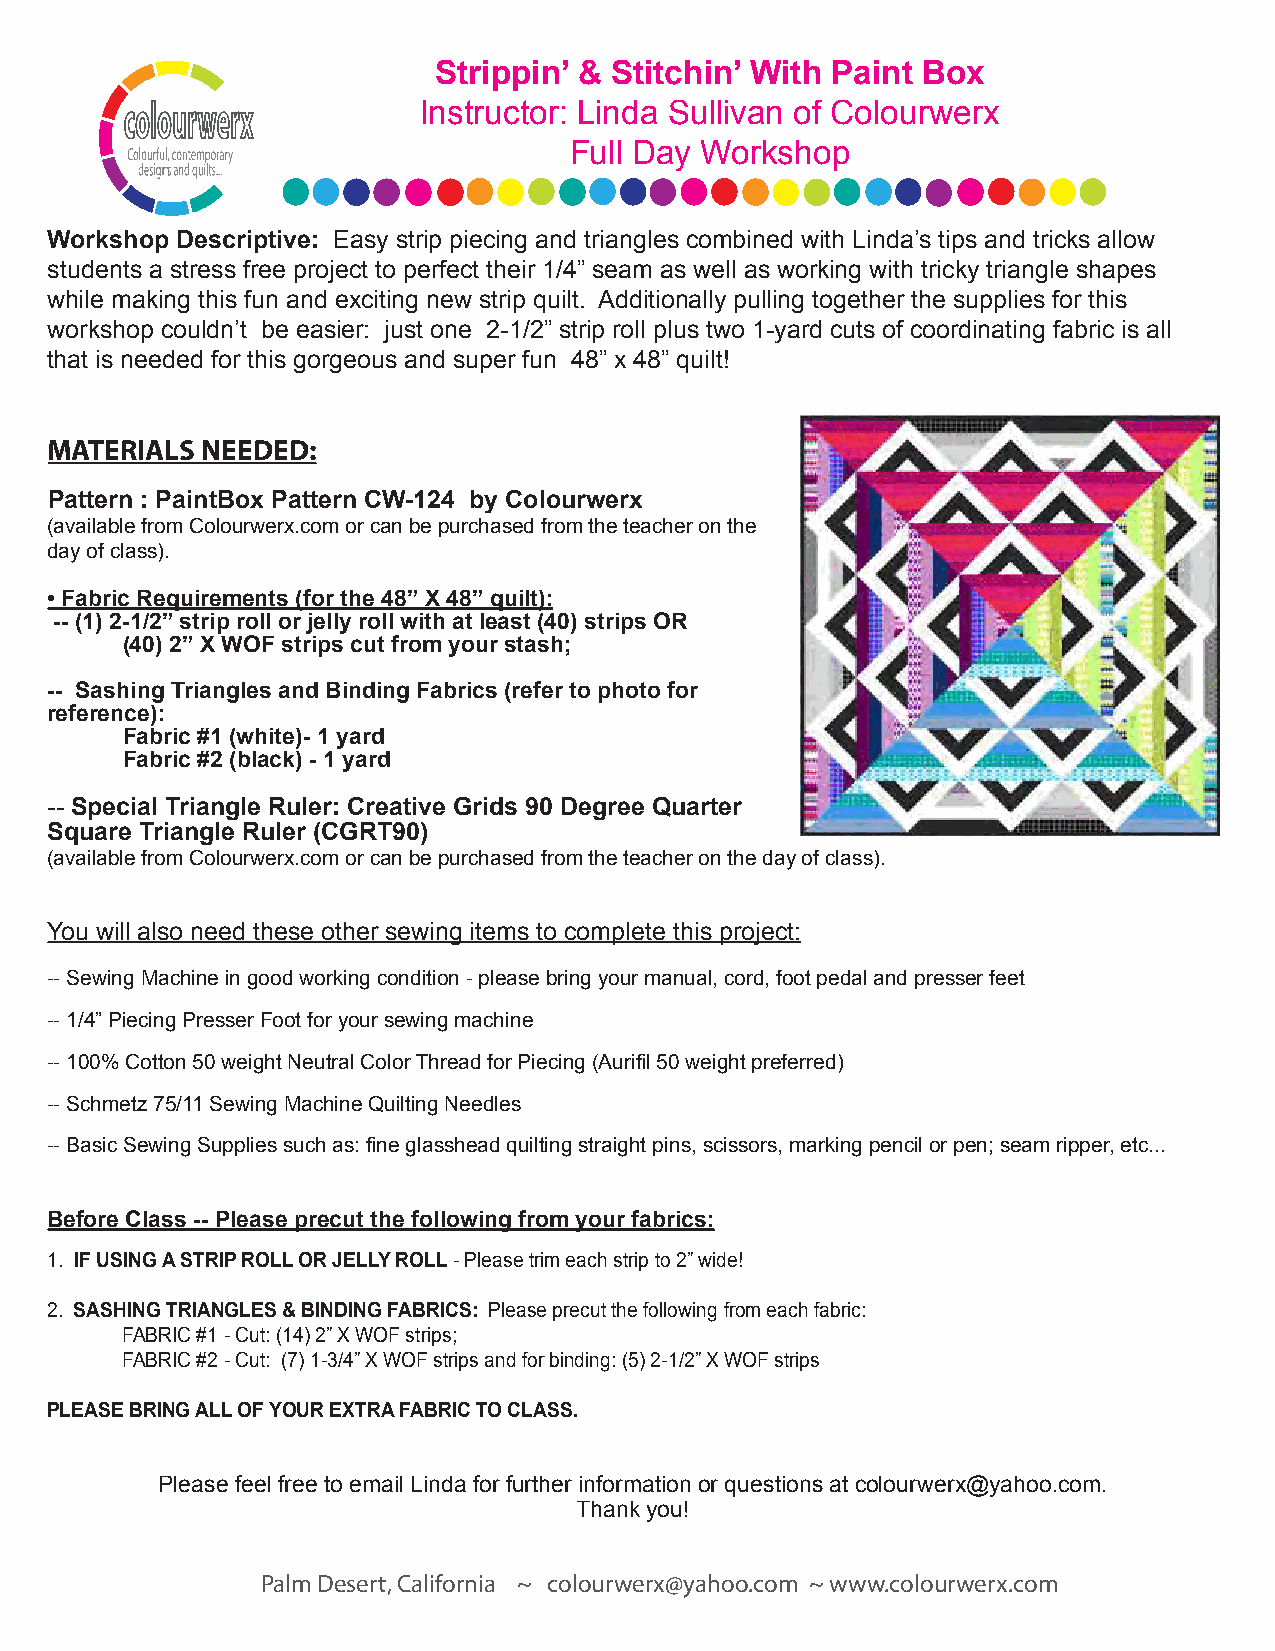
Strippin’ & Stitchin’ With Paint Box
 Instructor: Linda Sullivan of Colourwerx
 Full Day Workshop
 Workshop Descriptive: Easy strip piecing and triangles combined with Linda’s tips and tricks allow
 students a stress free project to perfect their 1/4” seam as well as working with tricky triangle shapes
 while making this fun and exciting new strip quilt. Additionally pulling together the supplies for this
 workshop couldn’t be easier: just one 2-1/2” strip roll plus two 1-yard cuts of coordinating fabric is all
 that is needed for this gorgeous and super fun 48” x 48” quilt!
 MATERIALS NEEDED:
 Pattern : PaintBox Pattern CW-124 by Colourwerx
 (available from Colourwerx.com or can be purchased from the teacher on the
 day of class).
 • Fabric Requirements (for the 48” X 48” quilt):
 -- (1) 2-1/2” strip roll or jelly roll with at least (40) strips OR
 (40) 2” X WOF strips cut from your stash;
 -- Sashing Triangles and Binding Fabrics (refer to photo for
 reference):
 Fabric #1 (white)- 1 yard
 Fabric #2 (black) - 1 yard
 -- Special Triangle Ruler: Creative Grids 90 Degree Quarter
 Square Triangle Ruler (CGRT90)
 (available from Colourwerx.com or can be purchased from the teacher on the day of class).
 You will also need these other sewing items to complete this project:
 -- Sewing Machine in good working condition - please bring your manual, cord, foot pedal and presser feet
 -- 1/4” Piecing Presser Foot for your sewing machine
 -- 100% Cotton 50 weight Neutral Color Thread for Piecing (Aurifil 50 weight preferred)
 -- Schmetz 75/11 Sewing Machine Quilting Needles
 -- Basic Sewing Supplies such as: fine glasshead quilting straight pins, scissors, marking pencil or pen; seam ripper, etc...
 Before Class -- Please precut the following from your fabrics:
 1. IF USING A STRIP ROLL OR JELLY ROLL - Please trim each strip to 2” wide!
 2. SASHING TRIANGLES & BINDING FABRICS: Please precut the following from each fabric:
 FABRIC #1 - Cut: (14) 2” X WOF strips;
 FABRIC #2 - Cut: (7) 1-3/4” X WOF strips and for binding: (5) 2-1/2” X WOF strips
 PLEASE BRING ALL OF YOUR EXTRA FABRIC TO CLASS.
 Please feel free to email Linda for further information or questions at colourwerx@yahoo.com.
 Thank you!
 Palm Desert, California ~ colourwerx@yahoo.com ~ www.colourwerx.com